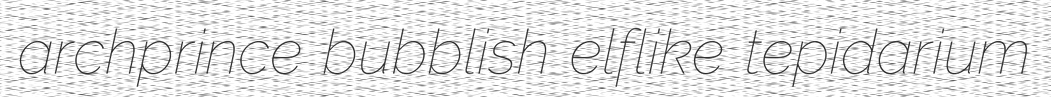
archprince bubblish elflike tepidarium